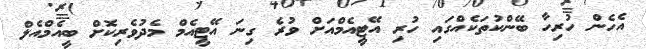
އެހެން ހުރިހާ ބޭންކުތަކެއްގައި ހުރި އޭޓީއެމްއަށް ވުރެ ގިނަ އޭޓީއެމް މެދުވެރިކޮށް ބީއެމްއެލް